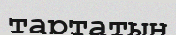
тартатын